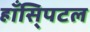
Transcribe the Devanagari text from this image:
हाँसि्पटल